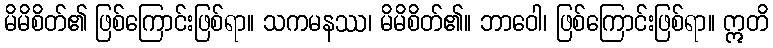
မိမိစိတ်၏ ဖြစ်ကြောင်းဖြစ်ရာ။ သကမနဿ၊ မိမိစိတ်၏။ ဘာဝေါ၊ ဖြစ်ကြောင်းဖြစ်ရာ။ ဣတိ